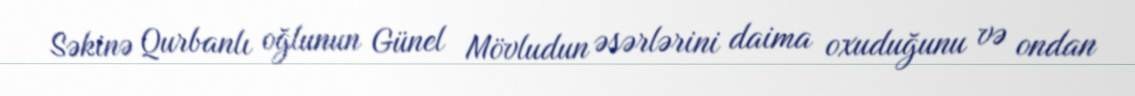
Səkinə Qurbanlı oğlunun Günel Mövludun əsərlərini daima oxuduğunu və ondan